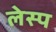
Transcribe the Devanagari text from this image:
लेस्प